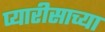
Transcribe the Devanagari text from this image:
प्यारीसाच्या